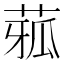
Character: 𦴉